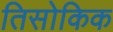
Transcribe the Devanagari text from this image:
तिसोकिक